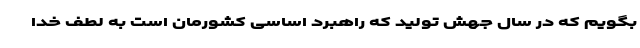
بگویم که در سال جهش تولید که راهبرد اساسی کشورمان است به لطف خدا